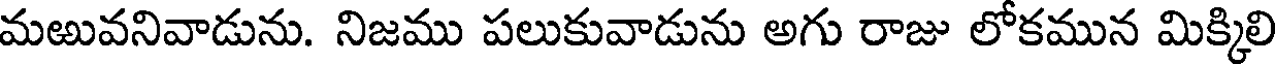
మఱువనివాడును. నిజము పలుకువాడును అగు రాజు లోకమున మిక్కిలి